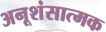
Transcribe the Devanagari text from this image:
अनूशंसात्मक